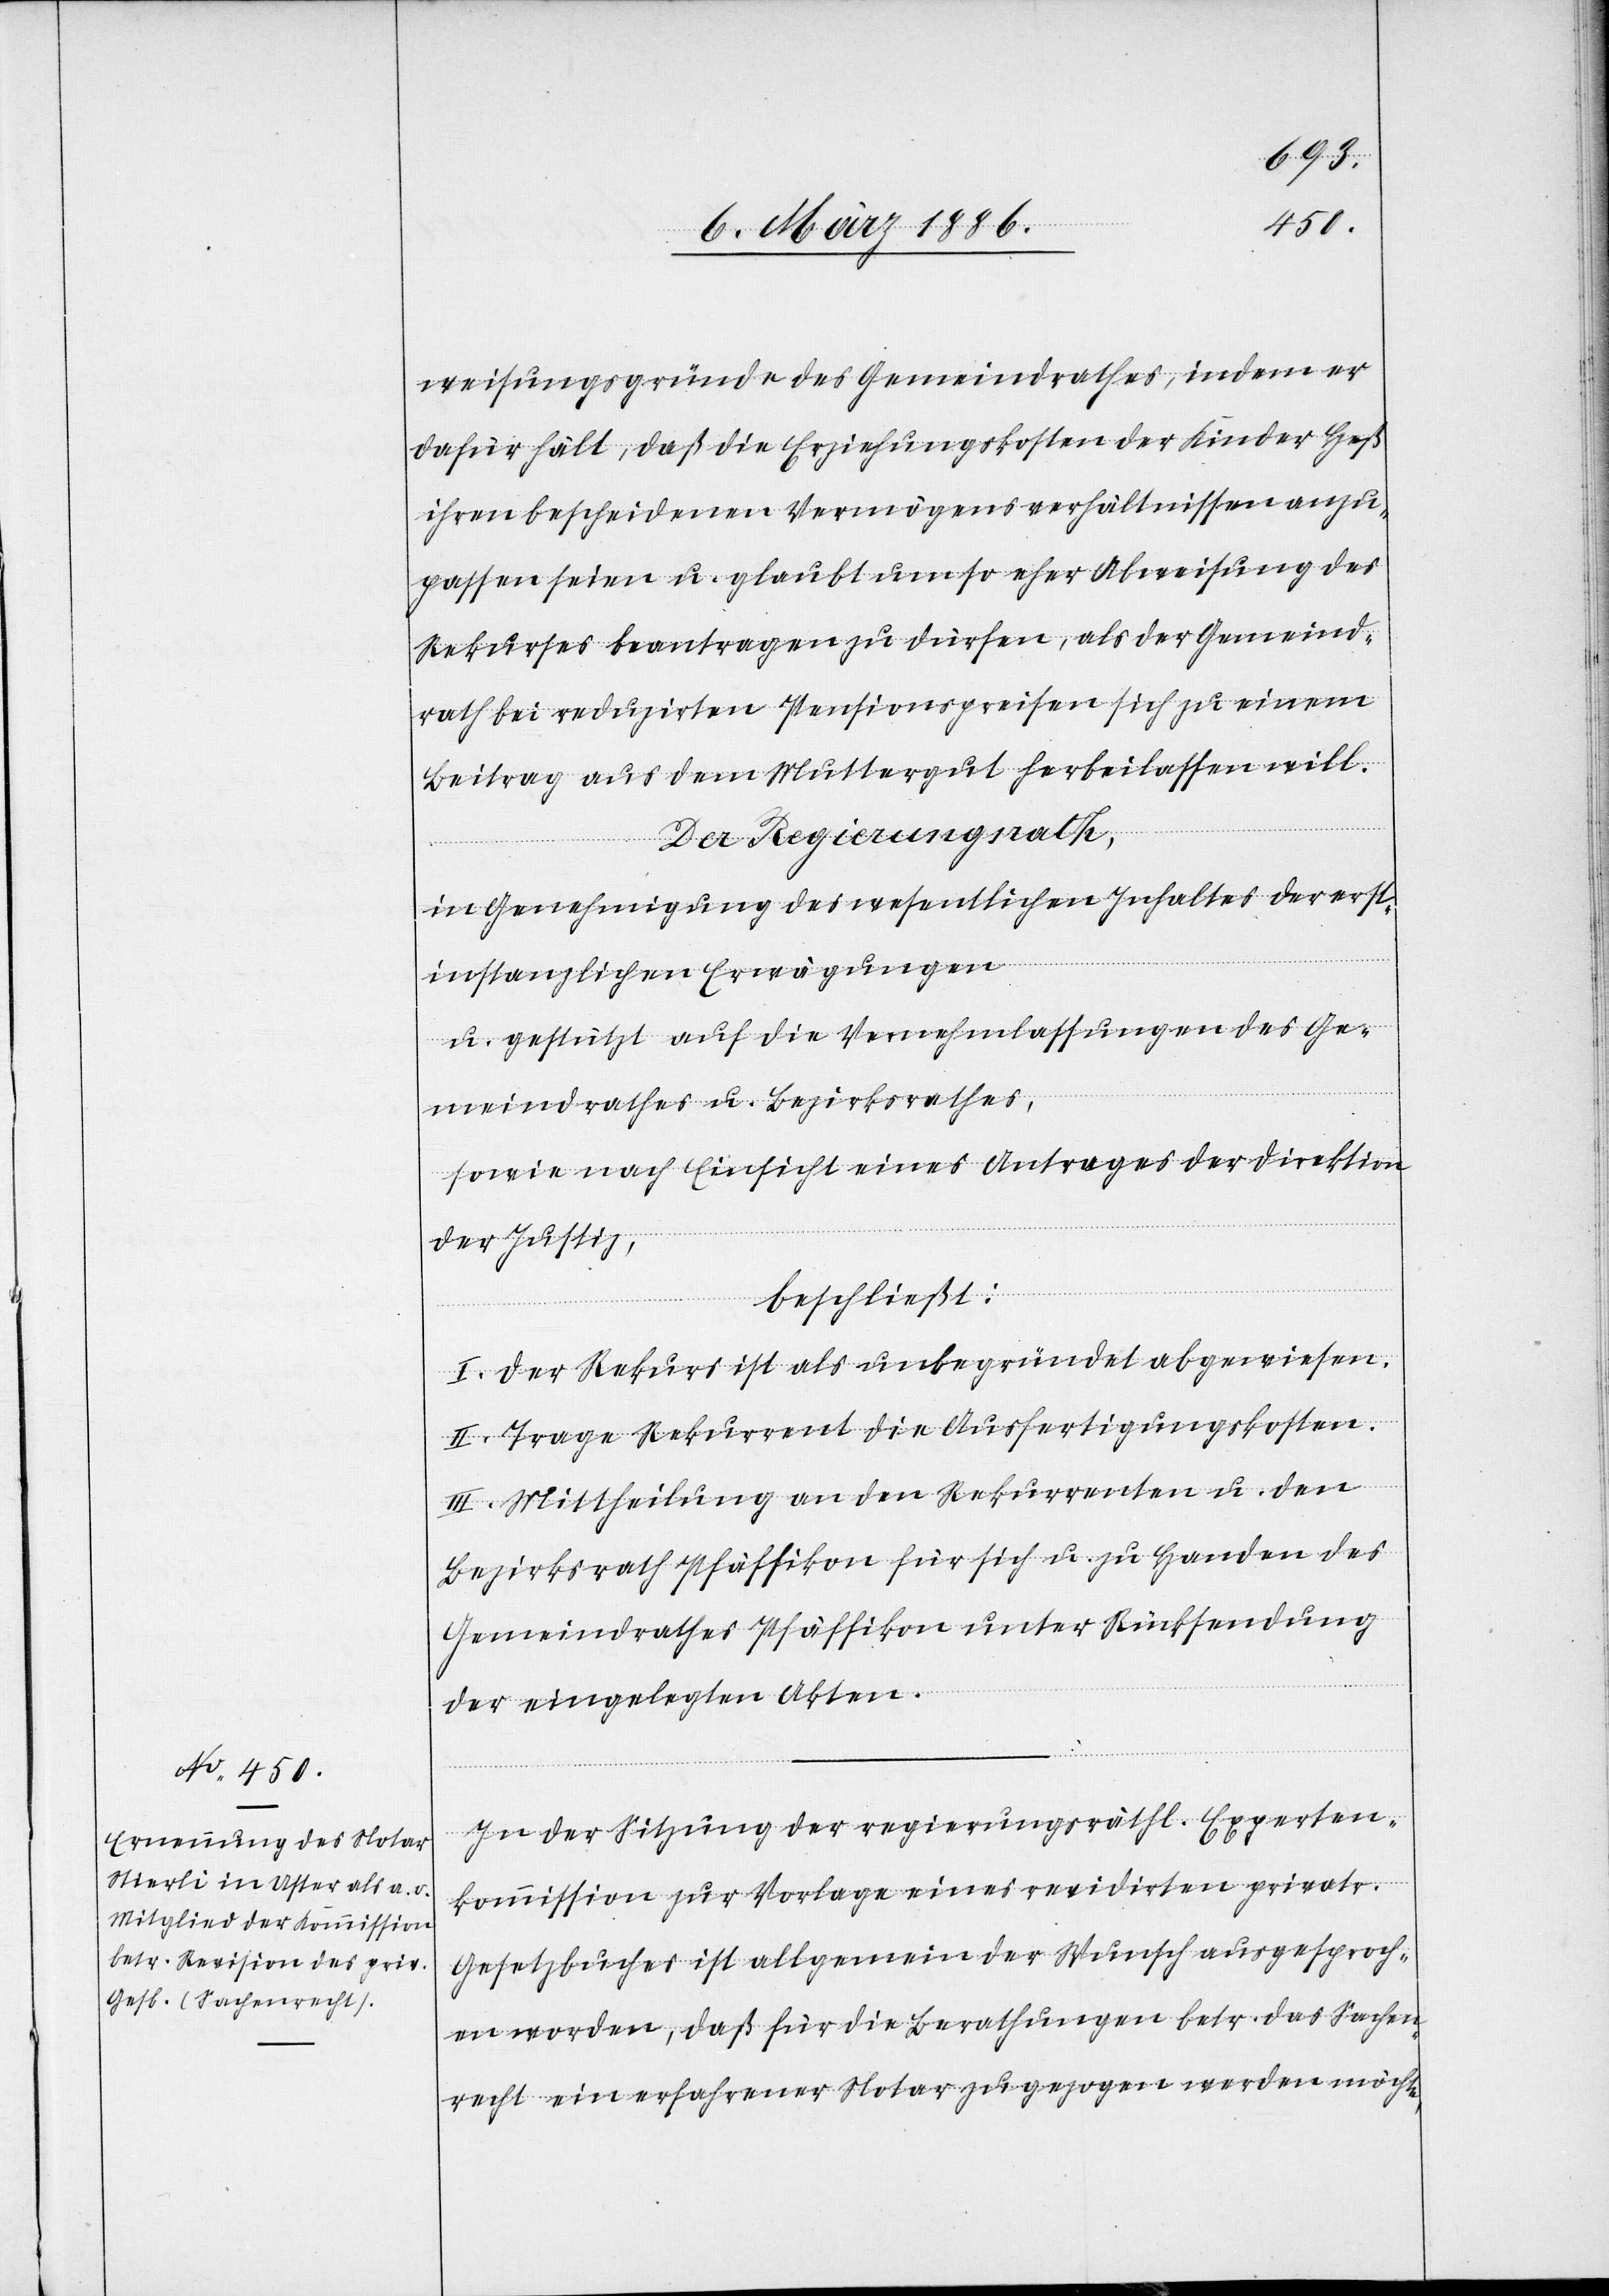
weisungsgründe des Gemeindrathes, indem er
dafür hält, daß die Erziehungskosten der Kinder Heß
ihren bescheidenen Vermögensverhältnissen zu¬
passen seien u. glaubt um so eher Abweisung des
Rekurses beantragen zu dürfen, als der Gemeind¬
rath bei reduzirten Pensionspreisen sich zu einem
Beitrag aus dem Muttergut herbeilassen will.
Der Regierungsrath,
in Genehmigung des wesentlichen Inhaltes der erst¬
instanzlichen Erwägungen
u. gestützt auf die Vernehmlassungen des Ge¬
meindrathes u. Bezirksrathes,
sowie nach Einsicht eines Antrages der Direktion
der Justiz,
beschließt:
I. Der Rekurs ist als unbegründet abgewiesen.
II. Trage Rekurrent die Ausfertigungskosten.
III. Mitteilung an den Rekurrenten u. den
Bezirksrath Pfäffikon für sich u. zu Handen des
Gemeindrathes Pfäffikon unter Rücksendung
der eingelegten Akten.
In der Sitzung der regierungsräthl. Experten¬
kommission zur Vorlage eines revidirten privatr.
Gesetzbuches ist allgemein der Wunsch ausgesproch¬
en worden, daß für die Berathung betr. das Sachen¬
recht ein erfahrener Notar zugezogen werden möchte,